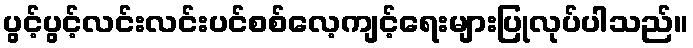
ပွင့်ပွင့်လင်းလင်းပင်စစ်လေ့ကျင့်ရေးများပြုလုပ်ပါသည်။